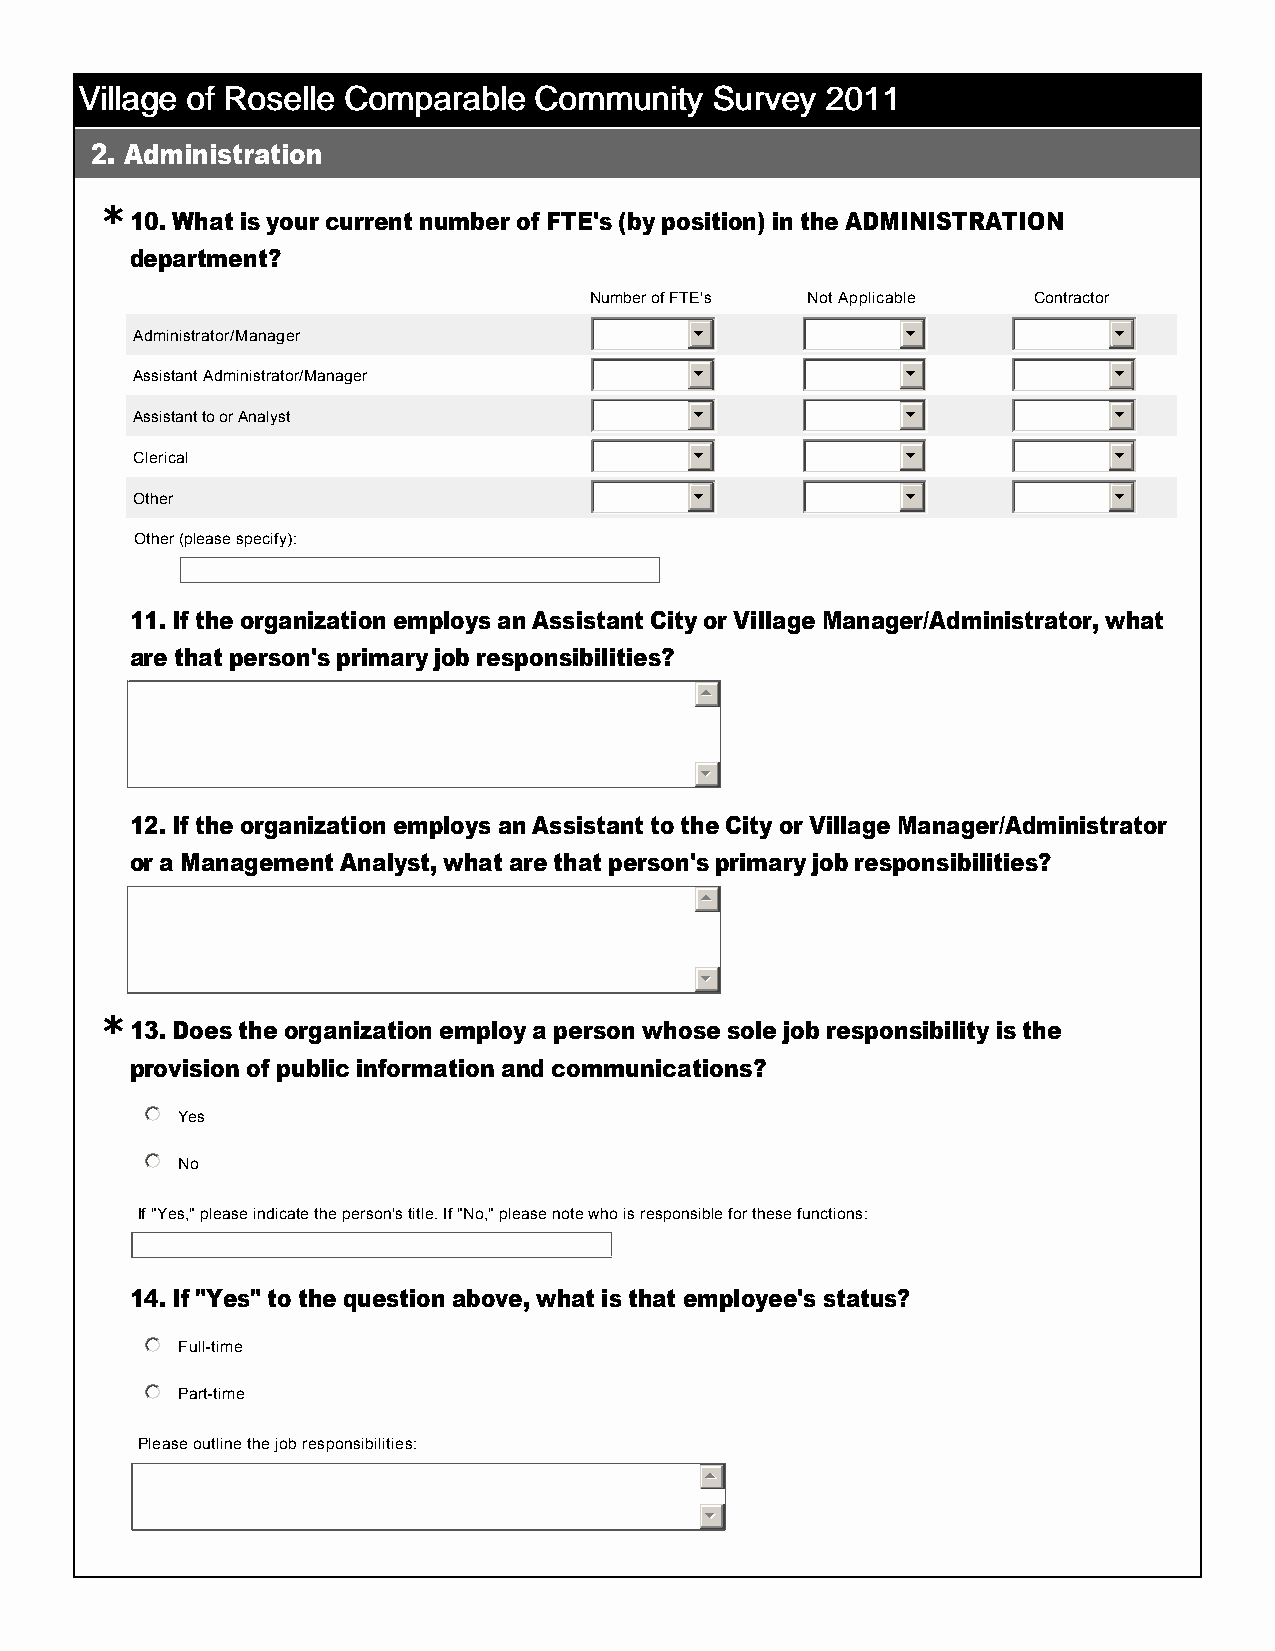
VVVViiiillllllllaaaaggggeeee ooooffff RRRRoooosssseeeelllllllleeee CCCCoooommmmppppaaaarrrraaaabbbblllleeee CCCCoooommmmmmmmuuuunnnniiiittttyyyy SSSSuuuurrrrvvvveeeeyyyy 2222000011111111
 2. Administration
 *
 10. What is your current number of FTE's (by position) in the ADMINISTRATION
 department?
 Number of FTE's Not Applicable Contractor
 Administrator/Manager                6             6             6
 Assistant Administrator/Manager      6             6             6
 Assistant to or Analyst              6             6             6
 Clerical                             6             6             6
 Other                                6             6             6
 Other (please specify):
 11. If the organization employs an Assistant City or Village Manager/Administrator, what
 are that person's primary job responsibilities?
 55
 66
 12. If the organization employs an Assistant to the City or Village Manager/Administrator
 or a Management Analyst, what are that person's primary job responsibilities?
 55
 66
 *
 13. Does the organization employ a person whose sole job responsibility is the
 provision of public information and communications?
 nmlkj Yes
 nmlkj No
 If "Yes," please indicate the person's title. If "No," please note who is responsible for these functions:
 14. If "Yes" to the question above, what is that employee's status?
 nmlkj Full­time
 nmlkj Part­time
 Please outline the job responsibilities:
 55
 66